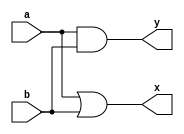
module and1(input wire a,b,output wire x, y);
assign y=a&b;
assign x=a|b;
endmodule